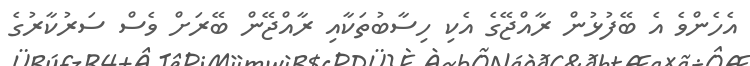
އެހެންވެ އެ ބޭފުޅުން ރާއްޖޭގެ އެކި ހިސާބުތަކާއި ރާއްޖޭން ބޭރަށް ވެސް ސަރުކާރުގެ